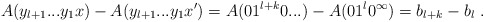
\begin{align*}A(y_{l+1}...y_1x) - A(y_{l+1}...y_1x') = A(01^{l+k}0...) - A(01^l0^\infty) = b_{l+k} - b_l \ .\end{align*}